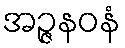
အဉ္ဇနဝနံ